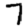
Digit: 7